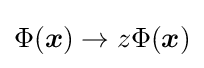
\Phi ({\boldsymbol {x}})\rightarrow z\Phi ({\boldsymbol {x}})